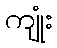
ကျုံး